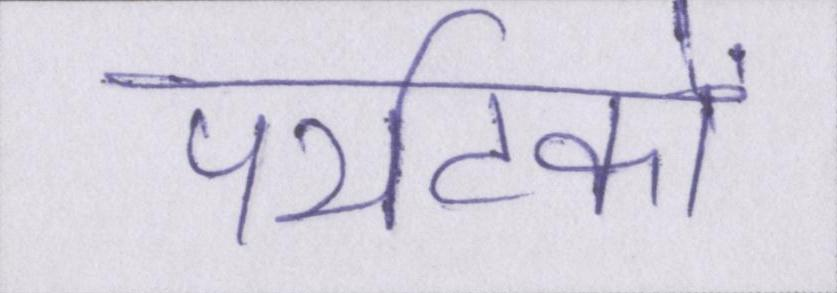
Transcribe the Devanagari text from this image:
पर्यटकों